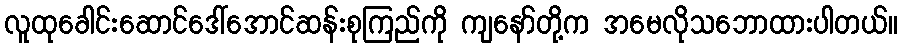
လူထုခေါင်းဆောင်ဒေါ်အောင်ဆန်းစုကြည်ကို ကျနော်တို့က အမေလိုသဘောထားပါတယ်။